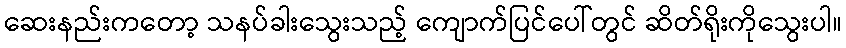
ဆေးနည်းကတော့ သနပ်ခါးသွေးသည့် ကျောက်ပြင်ပေါ်တွင် ဆိတ်ရိုးကိုသွေးပါ။